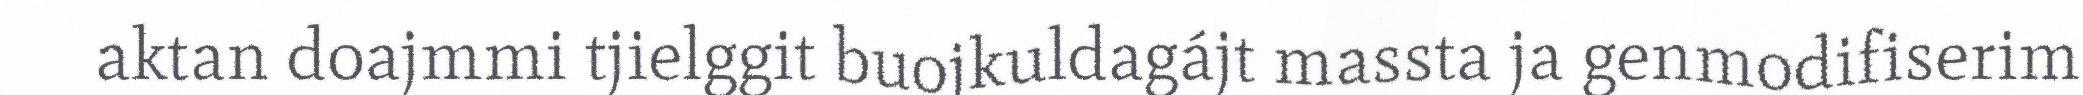
aktan doajmmi tjielggit buojkuldagájt massta ja genmodifiserim